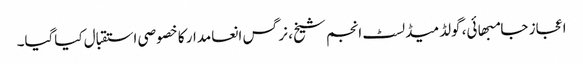
اعجاز جامبھائی، گولڈمیڈلسٹ انجم شیخ، نرگس انعامدار کا خصوصی استقبال کیاگیا۔